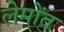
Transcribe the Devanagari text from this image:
लेमोंत